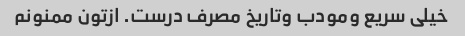
خیلی سریع ومودب وتاریخ مصرف درست. ازتون ممنونم